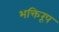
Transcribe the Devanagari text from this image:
भक्तिरूप